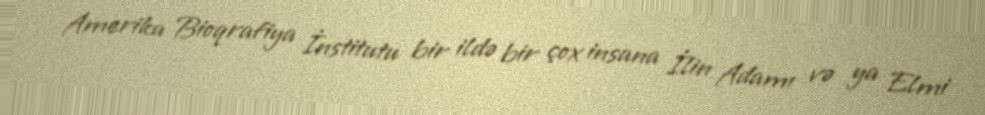
Amerika Bioqrafiya İnstitutu bir ildə bir çox insana İlin Adamı və ya Elmi